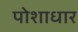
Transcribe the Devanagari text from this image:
पोशाधार